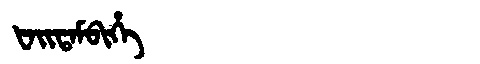
Manchu: ᡶᠠᡳᡨᠠᠮᠪᡳᡥᡝ
Romanization: FAITAMBIHE